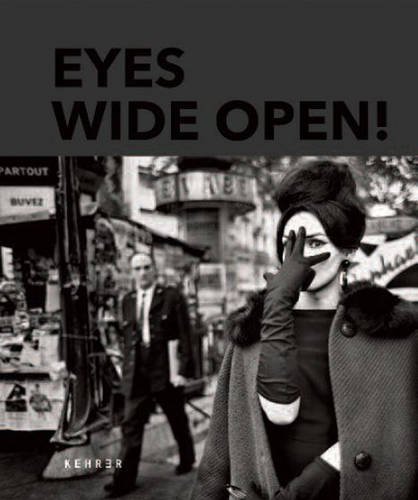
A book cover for Eyes Wide Open! 100 Years of Leica Photography; Arts & Photography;